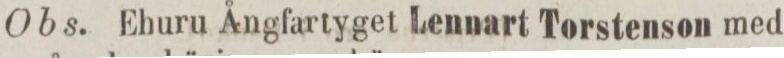
Obs. Ehuru Ångfartyget Lennart Torstenson med